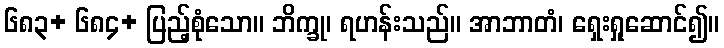
၆၈၃+ ၆၈၄+ ပြည့်စုံသော။ ဘိက္ခု၊ ရဟန်းသည်။ အာဘာတံ၊ ရှေးရှုဆောင်၍။